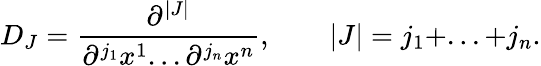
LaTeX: D_{J}={\frac{\partial^{|J|}}{\partial^{j_{1}}x^{1}...{\partial^{j_{n}}x^{n}}}},\qquad|J|=j_{1}+...+j_{n}.